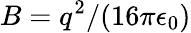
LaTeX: B=q^{2}/(16\pi\epsilon_{0})